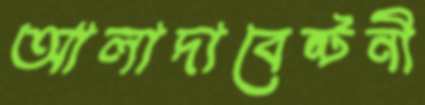
আলাদাবেষ্টনী